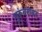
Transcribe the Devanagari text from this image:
गुरूंबरोबर